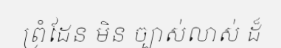
ព្រំដែន មិន ច្បាស់លាស់ ដ៏